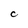
Character: C